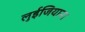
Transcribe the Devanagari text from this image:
लुईजियाना